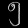
Digit: ၅